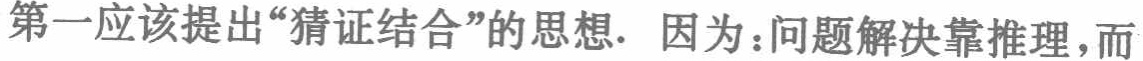
第一应该提出“猜证结合”的思想. 因为：问题解决靠推理，而